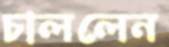
চাললেন